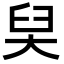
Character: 𡘑